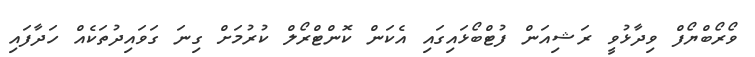
ވޯރޯބްޔޯފް ވިދާޅުވީ ރަޝިއަން ފުޓްބޯޅައިގައި އެކަން ކޮންޓްރޯލް ކުރުމަށް ގިނަ ގަވައިދުތަކެއް ހަދާފައި